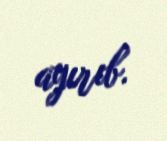
ayırıb.